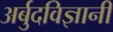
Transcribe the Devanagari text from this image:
अर्बुदविज्ञानी